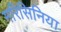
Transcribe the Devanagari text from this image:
मरिसिनिया